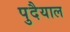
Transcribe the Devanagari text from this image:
पुदैयाल